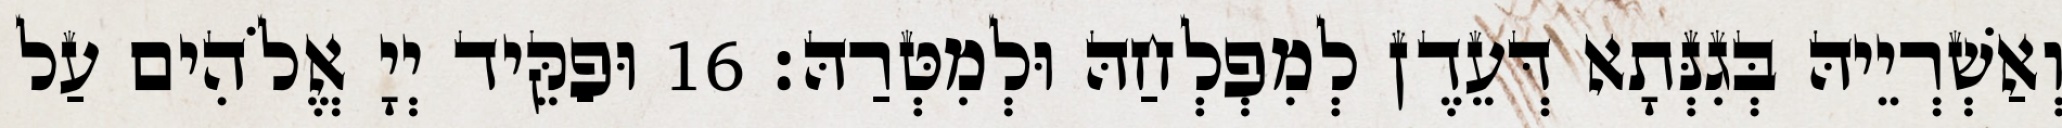
וְאַשְׁרְיֵיהּ בְּגִנְּתָא דְּעֵדֶן לְמִפְלְחַהּ וּלְמִטְּרַהּ׃ 16 וּפַקֵּיד יְיָ אֱלֹהִים עַל